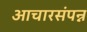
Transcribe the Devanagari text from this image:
आचारसंपन्न